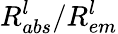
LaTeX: R_{abs}^{l}/R_{em}^{l}